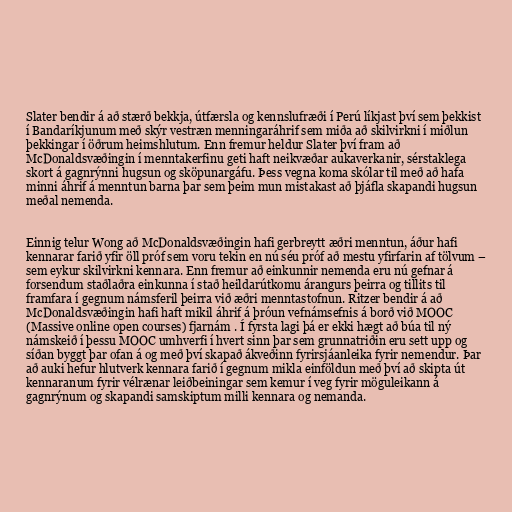
Slater bendir á að stærð bekkja, útfærsla og kennslufræði í Perú líkjast því sem þekkist
í Bandaríkjunum með skýr vestræn menningaráhrif sem miða að skilvirkni í miðlun
þekkingar í öðrum heimshlutum. Enn fremur heldur Slater því fram að
McDonaldsvæðingin í menntakerfinu geti haft neikvæðar aukaverkanir, sérstaklega
skort á gagnrýnni hugsun og sköpunargáfu. Þess vegna koma skólar til með að hafa
minni áhrif á menntun barna þar sem þeim mun mistakast að þjáfla skapandi hugsun
meðal nemenda.

Einnig telur Wong að McDonaldsvæðingin hafi gerbreytt æðri menntun, áður hafi
kennarar farið yfir öll próf sem voru tekin en nú séu próf að mestu yfirfarin af tölvum –
sem eykur skilvirkni kennara. Enn fremur að einkunnir nemenda eru nú gefnar á
forsendum staðlaðra einkunna í stað heildarútkomu árangurs þeirra og tillits til
framfara í gegnum námsferil þeirra við æðri menntastofnun. Ritzer bendir á að
McDonaldsvæðingin hafi haft mikil áhrif á þróun vefnámsefnis á borð við MOOC
(Massive online open courses) fjarnám . Í fyrsta lagi þá er ekki hægt að búa til ný
námskeið í þessu MOOC umhverfi í hvert sinn þar sem grunnatriðin eru sett upp og
síðan byggt þar ofan á og með því skapað ákveðinn fyrirsjáanleika fyrir nemendur. Þar
að auki hefur hlutverk kennara farið í gegnum mikla einföldun með því að skipta út
kennaranum fyrir vélrænar leiðbeiningar sem kemur í veg fyrir möguleikann á
gagnrýnum og skapandi samskiptum milli kennara og nemanda.